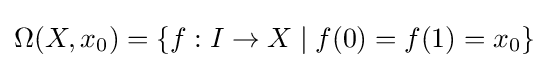
\Omega (X,x_{0})=\{f:I\to X\mid f(0)=f(1)=x_{0}\}